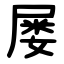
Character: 屡